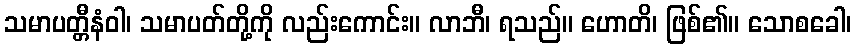
သမာပတ္တီနံဝါ၊ သမာပတ်တို့ကို လည်းကောင်း။ လာဘီ၊ ရသည်။ ဟောတိ၊ ဖြစ်၏။ သောစခေါ၊